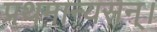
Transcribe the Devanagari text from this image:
प्रथमान्यसन्।